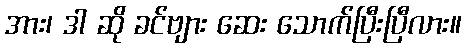
အား၊ ဒါ ဆို ခင်ဗျား ဆေး သောက်ပြီးပြီလား။